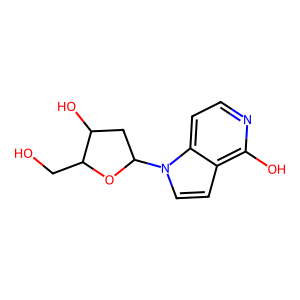
SMILES: OCC1OC(n2ccc3c(O)nccc32)CC1O
Inhibits HIV replication: No